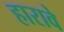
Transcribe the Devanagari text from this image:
हारावे